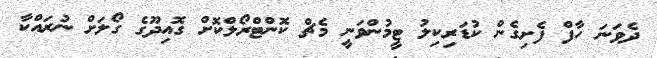
ދެވަނަ ހާފް ފެށިގެން ކުޑަރިކިލު ޓީމުންވަނީ މެޗް ކޮންޓްރޯލްކޮށް ގޮއިދޫގެ ގޯލަށް ނުރައްކާ